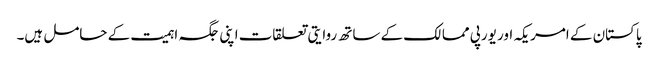
پاکستان کے امریکہ اور یورپی ممالک کے ساتھ روایتی تعلقات اپنی جگہ اہمیت کے حامل ہیں۔